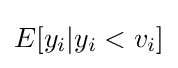
E[y_{i}|y_{i}<v_{i}]